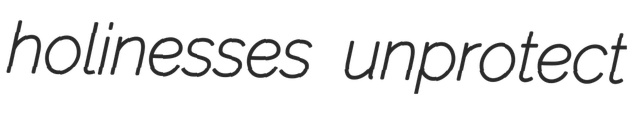
holinesses unprotect